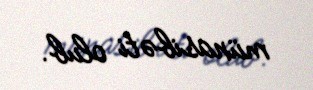
münasibəti olub.